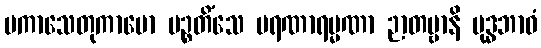
ပကာသေတုကာမော ပဉ္စတိံသေ မရဏာရမ္မဏာ ဉာတဗ္ဗာနိ ဗုဒ္ဓဘာဝံ